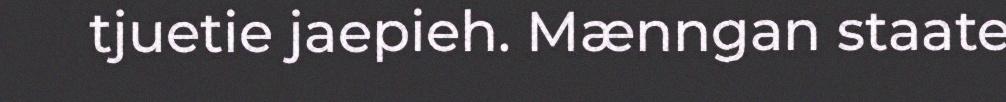
tjuetie jaepieh. Mænngan staate